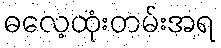
ဓလေ့ထုံးတမ်းအရ